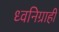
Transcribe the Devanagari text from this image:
ध्वनिग्राही